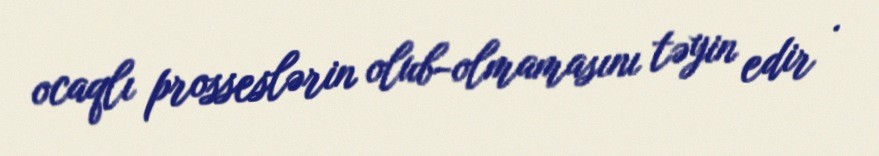
ocaqlı prosseslərin olub-olmamasını təyin edir .